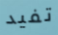
تفيد